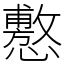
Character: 懯